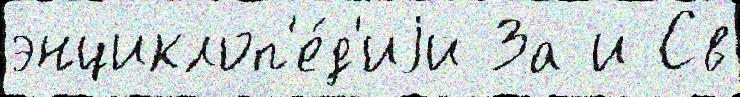
энциклоп'е́д'иjи За и Св